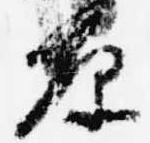
原